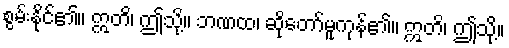
စွမ်းနိုင်၏။ ဣတိ၊ ဤသို့။ ဘဏထ၊ ဆိုတော်မူကုန်၏။ ဣတိ၊ ဤသို့။